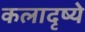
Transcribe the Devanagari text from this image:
कलादृष्ये